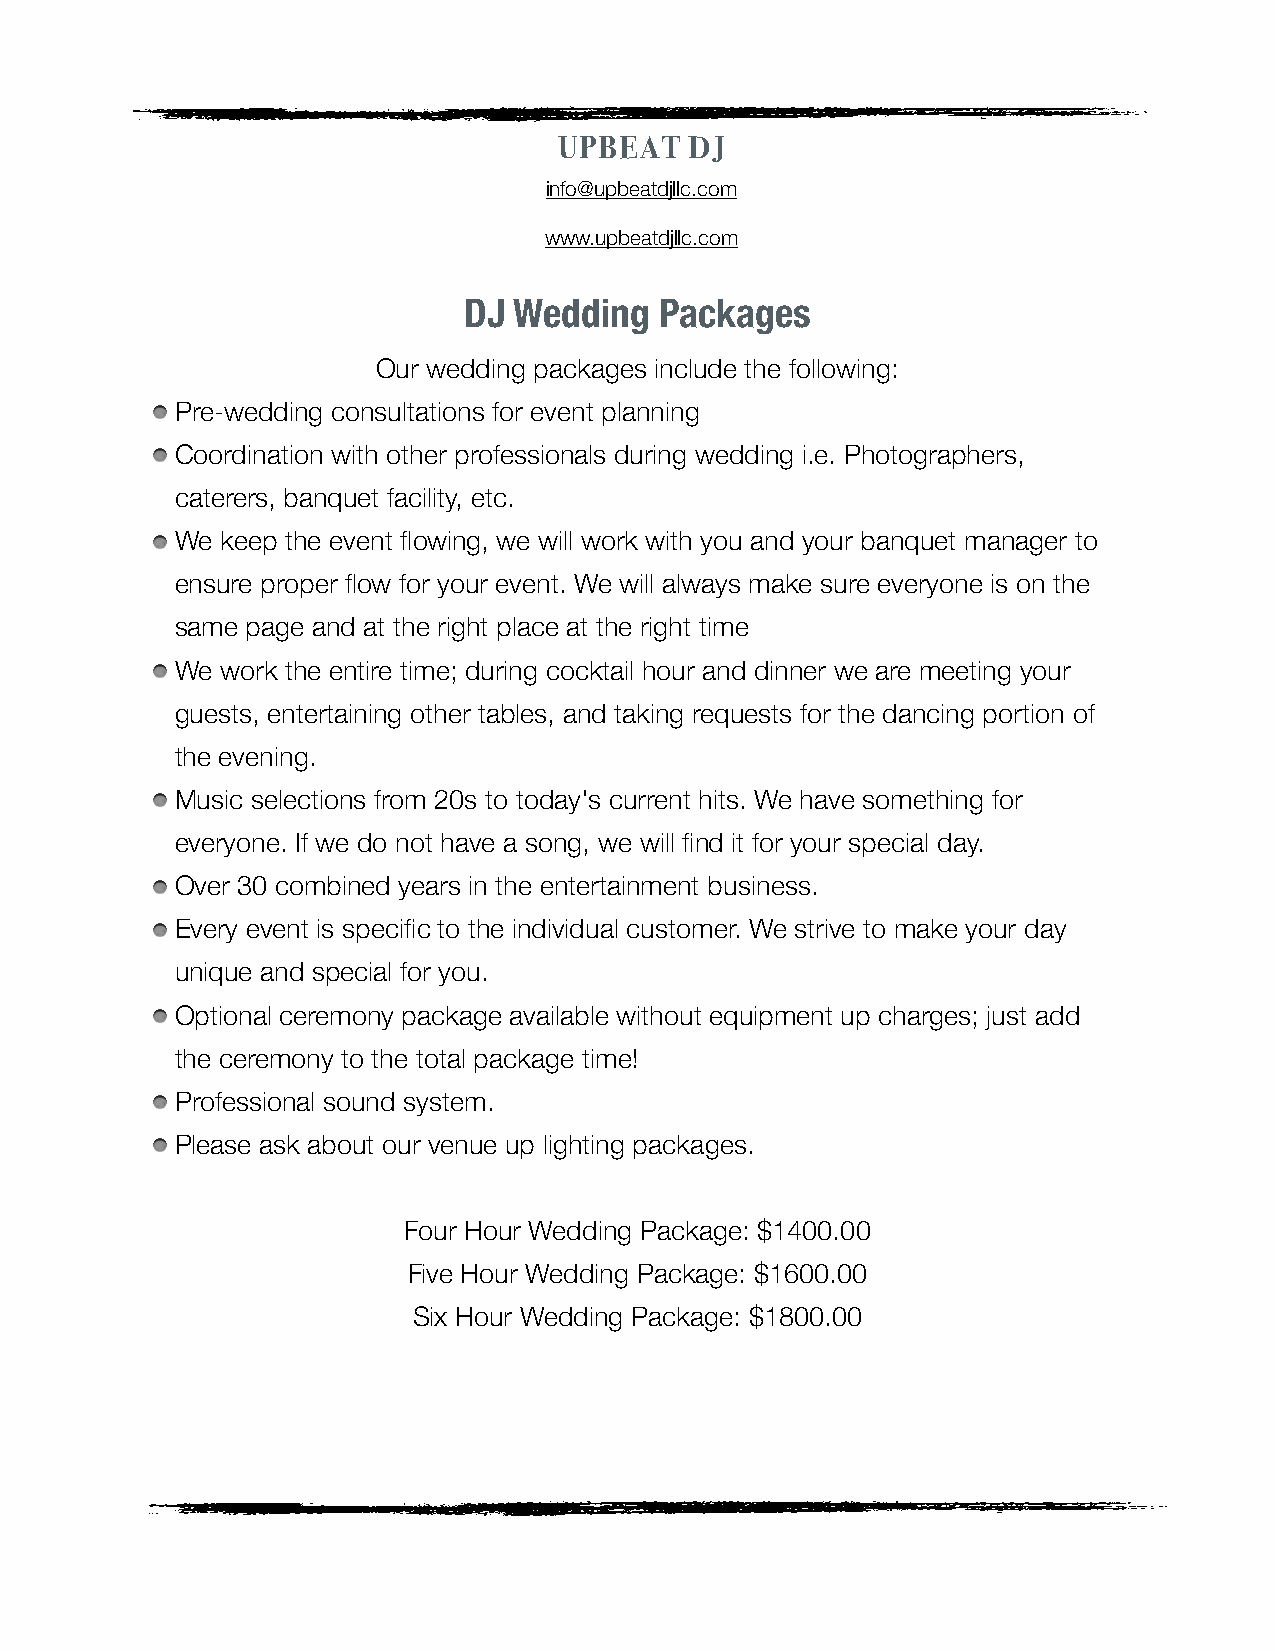
UPBEAT   DJ
 info@upbeatdjllc.com
 www.upbeatdjllc.com
 DJ Wedding   Packages
 Our wedding packages include the following:
 Pre-wedding consultations for event planning
 Coordination with other professionals during wedding i.e. Photographers,
 caterers, banquet facility, etc.
 We keep the event flowing, we will work with you and your banquet manager to
 ensure proper flow for your event. We will always make sure everyone is on the
 same page and at the right place at the right time
 We work the entire time; during cocktail hour and dinner we are meeting your
 guests, entertaining other tables, and taking requests for the dancing portion of
 the evening.
 Music selections from 20s to today's current hits. We have something for
 everyone. If we do not have a song, we will find it for your special day.
 Over 30 combined years in the entertainment business.
 Every event is specific to the individual customer. We strive to make your day
 unique and special for you.
 Optional ceremony package available without equipment up charges; just add
 the ceremony to the total package time!
 Professional sound system.
 Please ask about our venue up lighting packages.
 Four Hour Wedding Package: $1400.00
 Five Hour Wedding Package: $1600.00
 Six Hour Wedding Package: $1800.00